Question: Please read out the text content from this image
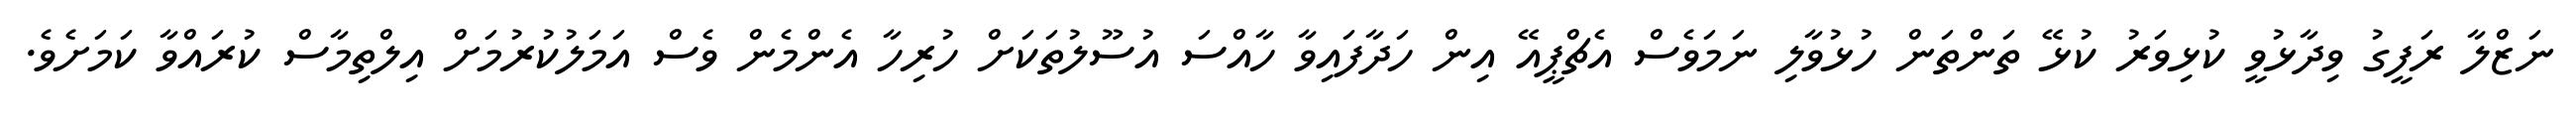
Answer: ނަޒްލާ ރަފީގު ވިދާޅުވީ ކުޅިވަރު ކުޅޭ ތަންތަން ހުޅުވާލި ނަމަވެސް އެޗްޕީއޭ އިން ހަދާފައިވާ ހާއްސަ އުސޫލުތަކަށް ހުރިހާ އެންމެން ވެސް އަމަލުކުރުމަށް އިލްތިމާސް ކުރައްވާ ކަމަށެވެ.